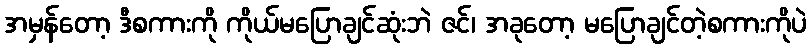
အမှန်တော့ ဒီစကားကို ကိုယ်မပြောချင်ဆုံးဘဲ ဇင်၊ အခုတော့ မပြောချင်တဲ့စကားကိုပဲ